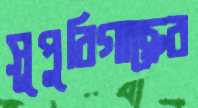
সুপুরিগাছের